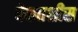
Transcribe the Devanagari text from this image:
बेकतशीस